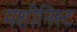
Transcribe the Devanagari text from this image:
मशीनिस्ट